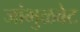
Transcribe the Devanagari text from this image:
जांभुळवेट